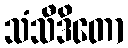
သံသီဒိတော